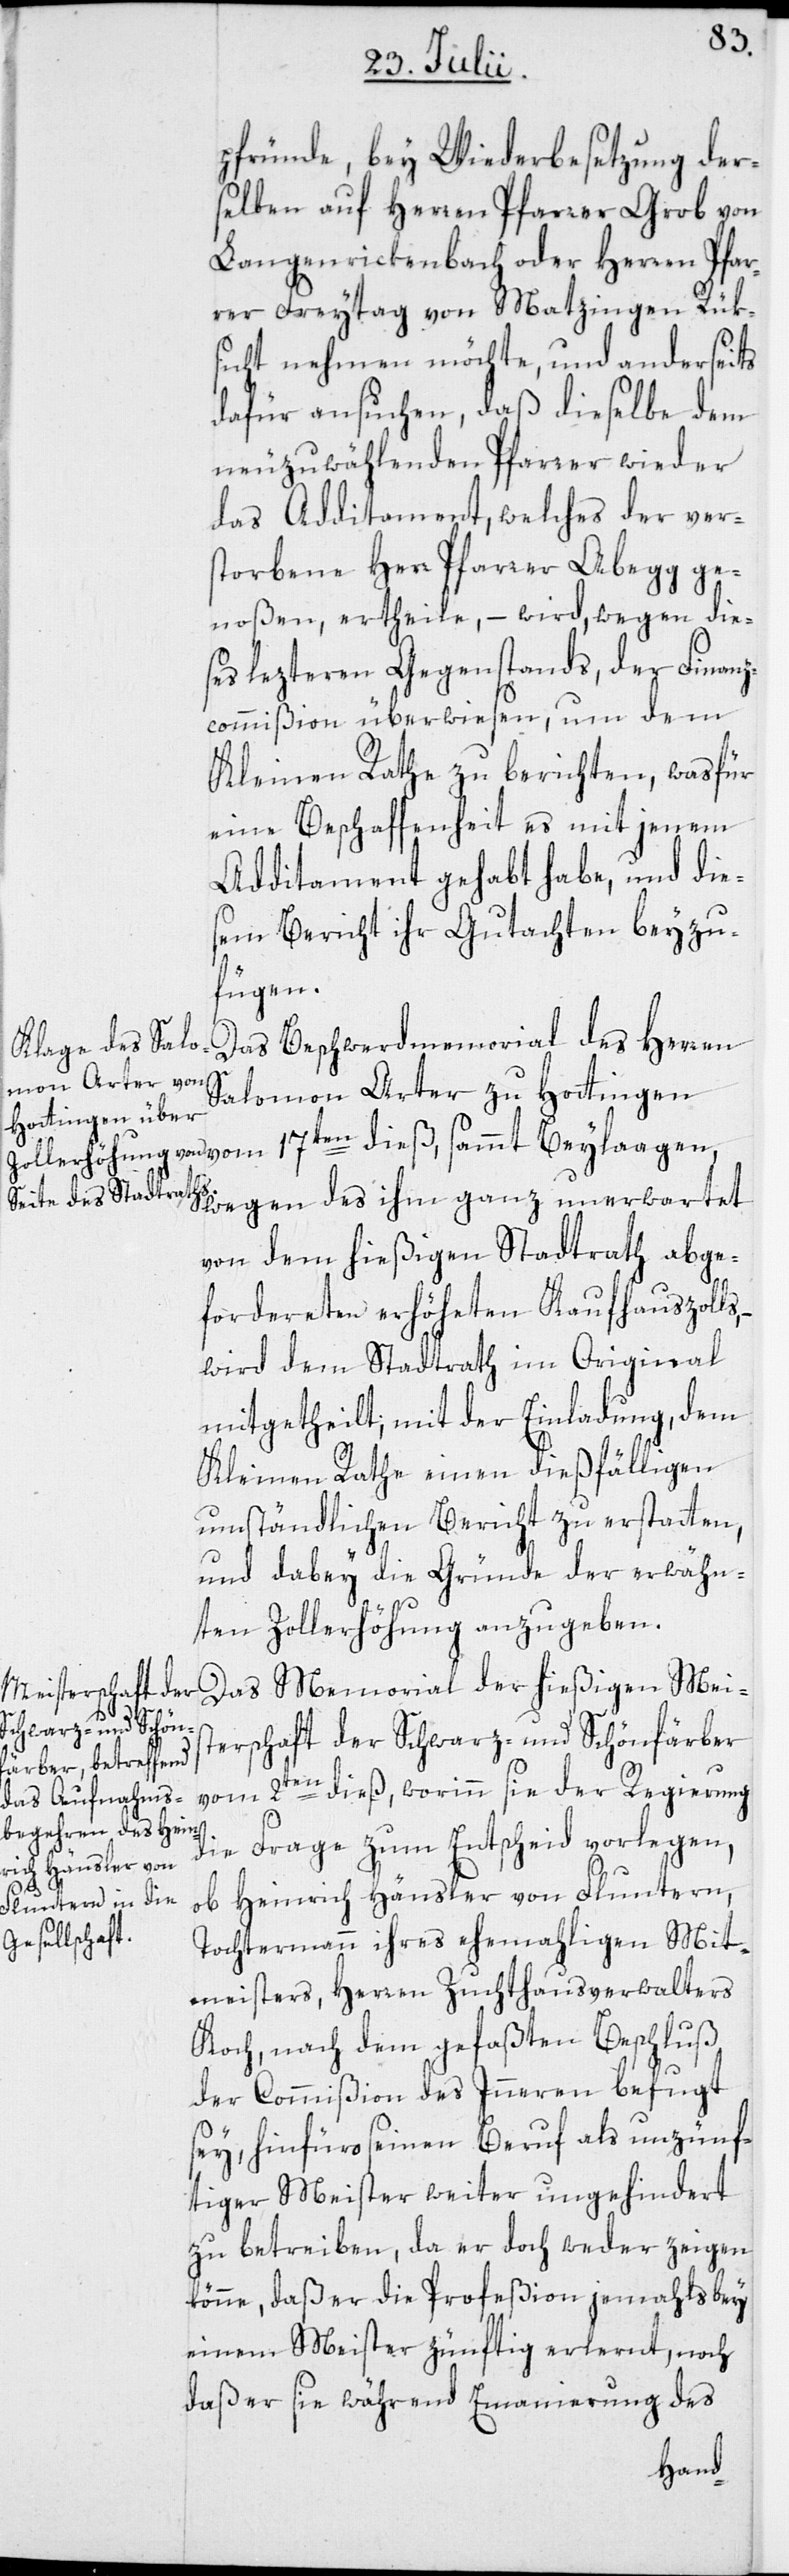
pfründe, bey Wiederbesetzung der¬
selben auf Herren Pfarrer Grob von
Langenrickenbach oder Herren Pfar¬
rer Freytag von Matzingen Rük¬
sicht nehmen möchte, und anderseits
dafür ansuchen, daß dieselbe dem
neuzuwählenden Pfarrer wieder
das Additament, welches der ver¬
storbene Herr Pfarrer Abegg ge¬
noßen, ertheile, – wird, wegen die¬
ses lezteren Gegenstands, der Finanz¬
commißion überwiesen, um dem
Kleinen Rathe zu berichten, was für
eine Beschaffenheit es mit jenem
Additament gehabt habe, und die¬
sem Bericht ihr Gutachten beyzu¬
fügen.
Das Beschwerdmemorial des Herren
Salomon Arter zu Hottingen
wegen des ihm ganz unerwartet
von dem hießigen Stadtrath abge¬
fordereten erhöheten Kaufhauszolls,
wird dem Stadtrath im Original
mitgetheilt; mit der Einladung, dem
Kleinen Rathe einen dießfälligen
umständlichen Bericht zu erstatten,
und dabey die Gründe der erwähn¬
ten Zollerhöhung anzugeben.
Das Memorial der hießigen Meis¬
dieß,
terschaft der Schwarz- und Schönfärber
vom 2ten dieß, worinn sie der Regierung
die Frage zum Entscheid vorlegen,
ob Heinrich Hänsler von Fluntern,
Tochtermann ihres ehemahligen Mit¬
meisters, Herren Zuchthausverwalters
Koch, nach dem gefaßten Beschluß
der Commißion des Inneren befugt
sey, hinfüro seinen Beruf als unzünf¬
tiger Meister weiter ungehindert
zu betreiben, da er doch weder zeigen
könne, daß er die Profeßion jemahls bey
einem Meister zünftig erlernt, noch
daß er sie während Emanierung des